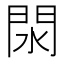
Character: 閖